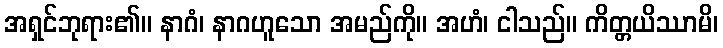
အရှင်ဘုရား၏။ နာဂံ၊ နာဂဟူသော အမည်ကို။ အဟံ၊ ငါသည်။ ကိတ္တယိဿာမိ၊